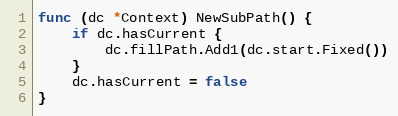
Language: Go
func (dc *Context) NewSubPath() {
	if dc.hasCurrent {
		dc.fillPath.Add1(dc.start.Fixed())
	}
	dc.hasCurrent = false
}